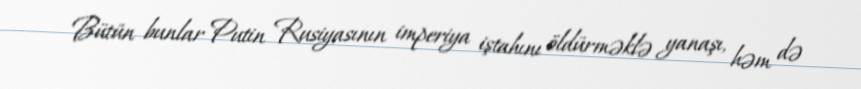
Bütün bunlar Putin Rusiyasının imperiya iştahını öldürməklə yanaşı, həm də